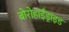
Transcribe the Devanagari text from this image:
बोरोहाईड्राइड